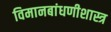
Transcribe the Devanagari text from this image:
विमानबांधणीशास्त्र